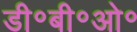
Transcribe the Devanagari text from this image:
डी॰बी॰ओ॰